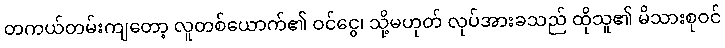
တကယ်တမ်းကျတော့ လူတစ်ယောက်၏ ဝင်ငွေ၊ သို့မဟုတ် လုပ်အားခသည် ထိုသူ၏ မိသားစုဝင်